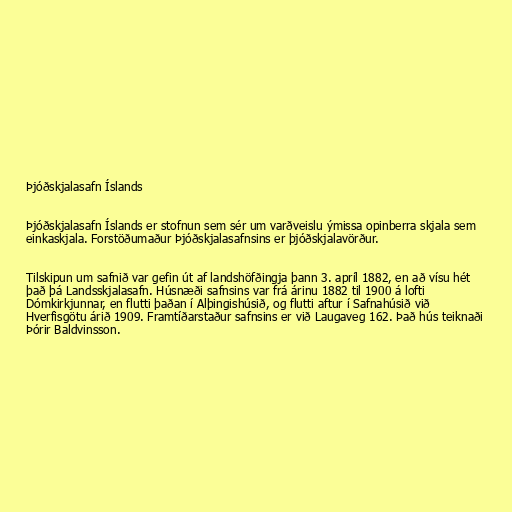
Þjóðskjalasafn Íslands

Þjóðskjalasafn Íslands er stofnun sem sér um varðveislu ýmissa opinberra skjala sem
einkaskjala. Forstöðumaður Þjóðskjalasafnsins er þjóðskjalavörður.

Tilskipun um safnið var gefin út af landshöfðingja þann 3. apríl 1882, en að vísu hét
það þá Landsskjalasafn. Húsnæði safnsins var frá árinu 1882 til 1900 á lofti
Dómkirkjunnar, en flutti þaðan í Alþingishúsið, og flutti aftur í Safnahúsið við
Hverfisgötu árið 1909. Framtíðarstaður safnsins er við Laugaveg 162. Það hús teiknaði
Þórir Baldvinsson.